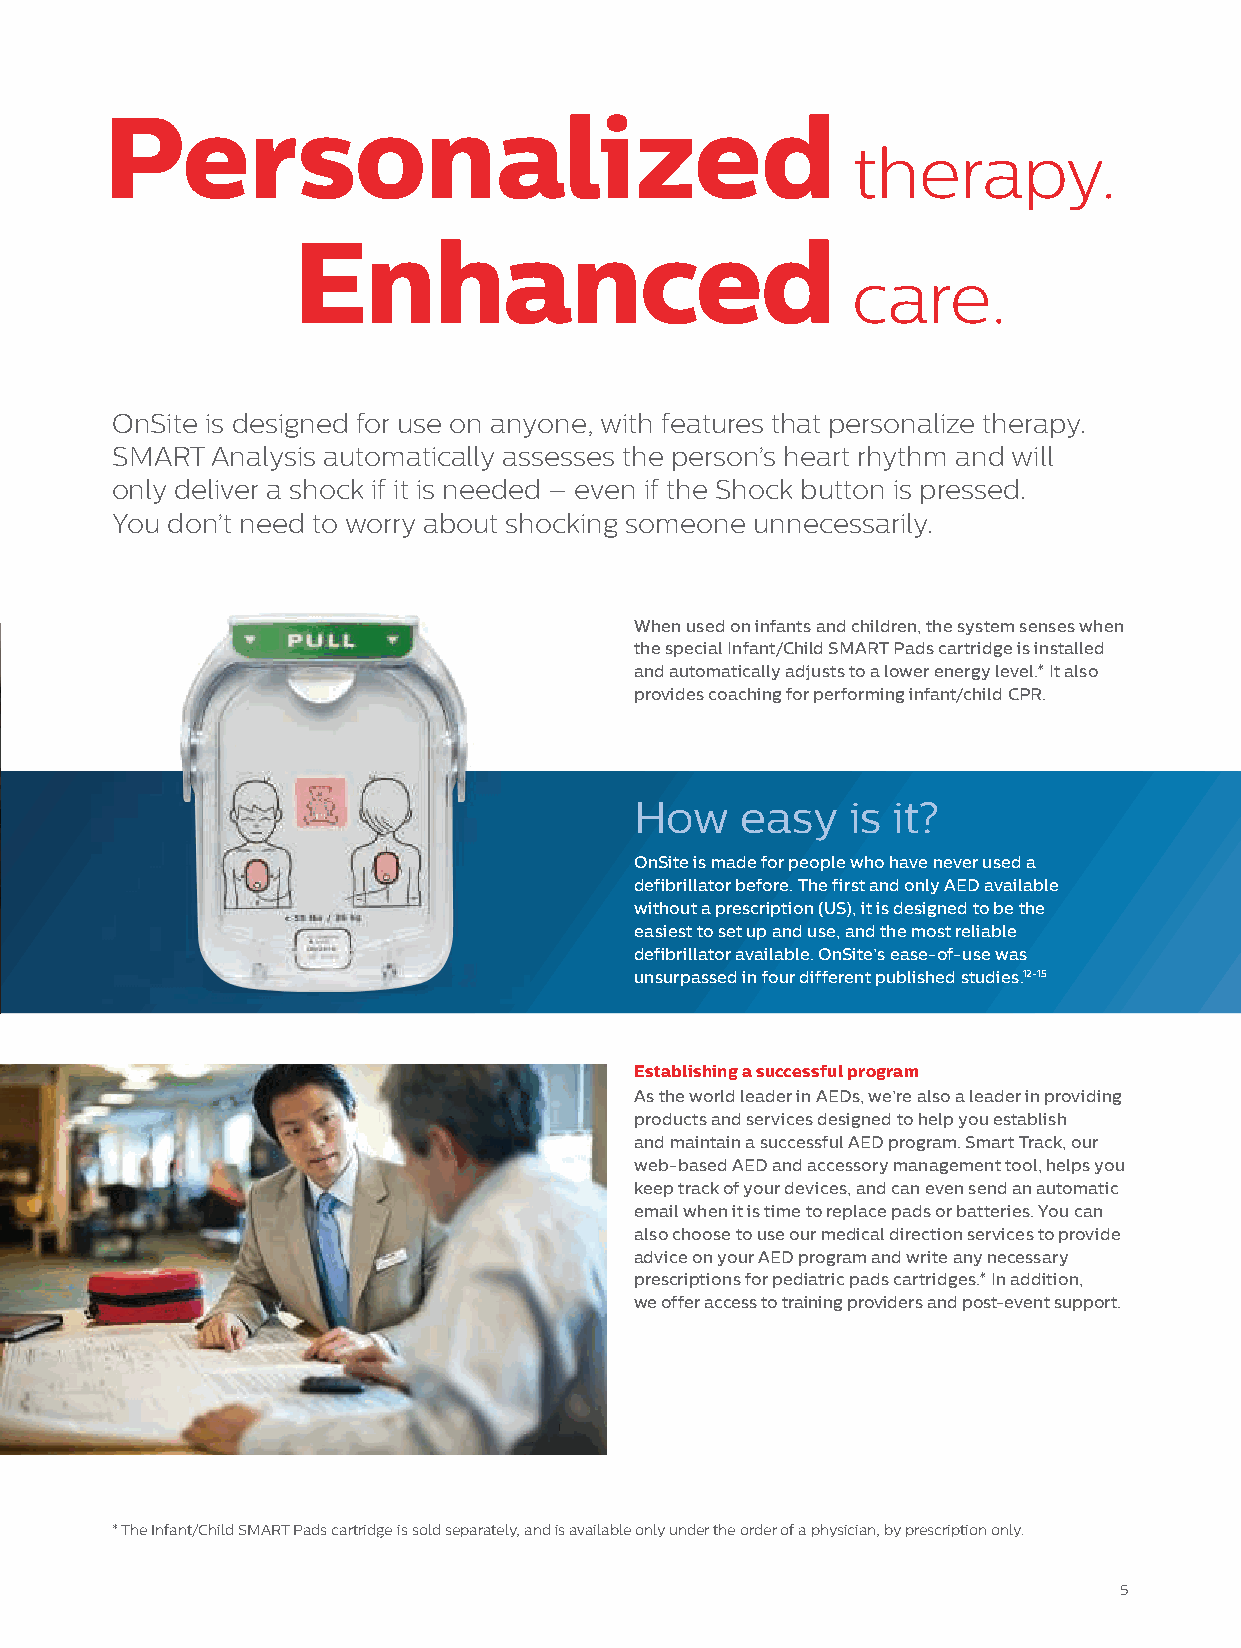
Personalized
 therapy.
 Enhanced
 care.
 OnSite is designed for use on anyone, with features that personalize therapy.
 SMART Analysis automatically assesses the person’s heart rhythm and will
 only deliver a shock if it is needed – even if the Shock button is pressed.
 You don’t need to worry about shocking someone unnecessarily.
 When used on infants and children, the system senses when
 the special Infant/Child SMART Pads cartridge is installed
 and automatically adjusts to a lower energy level.* It also
 provides coaching for performing infant/child CPR.
 How    easy   is it?
 OnSite is made for people who have never used a
 defibrillator before. The first and only AED available
 without a prescription (US), it is designed to be the
 easiest to set up and use, and the most reliable
 defibrillator available. OnSite’s ease-of-use was
 unsurpassed in four different published studies.12-15
 Establishing a successful program
 As the world leader in AEDs, we’re also a leader in providing
 products and services designed to help you establish
 and maintain a successful AED program. Smart Track, our
 web-based AED and accessory management tool, helps you
 keep track of your devices, and can even send an automatic
 email when it is time to replace pads or batteries. You can
 also choose to use our medical direction services to provide
 advice on your AED program and write any necessary
 prescriptions for pediatric pads cartridges.* In addition,
 we offer access to training providers and post-event support.
 * The Infant/Child SMART Pads cartridge is sold separately, and is available only under the order of a physician, by prescription only.
 5